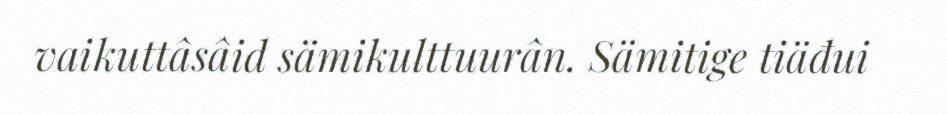
vaikuttâsâid sämikulttuurân. Sämitige tiäđui